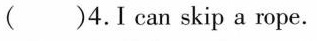
( )4.I can skip a rope.